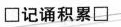
\Box 记诵积累 \Box